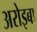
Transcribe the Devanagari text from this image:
अरोइबा